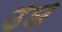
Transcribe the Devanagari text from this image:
उछ